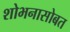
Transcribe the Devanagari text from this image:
शोभनासोबत